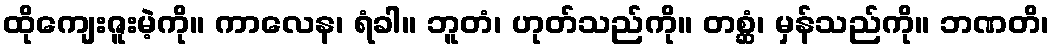
ထိုကျေးဇူးမဲ့ကို။ ကာလေန၊ ရံခါ။ ဘူတံ၊ ဟုတ်သည်ကို။ တစ္ဆံ၊ မှန်သည်ကို။ ဘဏတိ၊